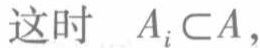
这时 \(A_{i} \subset A\)，